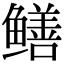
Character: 鳝